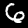
Digit: 6